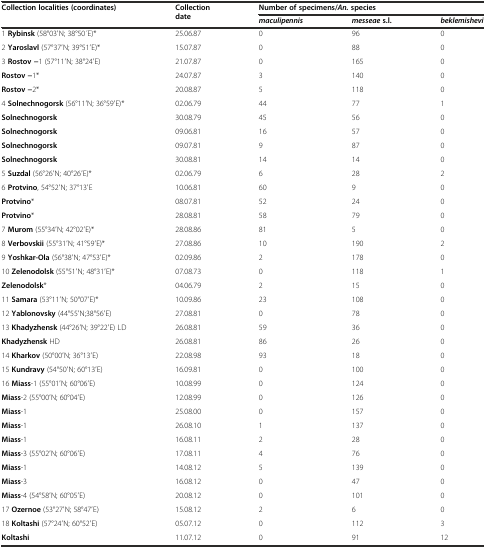
<table><thead><tr><td rowspan="2"><b>Collection localities (coordinates)</b></td><td rowspan="2"><b>Collection date</b></td><td colspan="3"><b>Number of specimens/<i>An.</i>species</b></td></tr><tr><td><b><i>maculipennis</i></b></td><td><b><i>messeae</i>s.l.</b></td><td><b><i>beklemishevi</i></b></td></tr></thead><tbody><tr><td>1 <b>Rybinsk</b> (58°03′N; 38°50 ́E)*</td><td>25.06.87</td><td>0</td><td>96</td><td>0</td></tr><tr><td>2 <b>Yaroslavl</b> (57°37′N; 39°51′E)*</td><td>15.07.87</td><td>0</td><td>88</td><td>0</td></tr><tr><td>3 <b>Rostov −</b>1 (57°11′N; 38°24′E)</td><td>21.07.87</td><td>0</td><td>165</td><td>0</td></tr><tr><td><b>Rostov −</b>1*</td><td>24.07.87</td><td>3</td><td>140</td><td>0</td></tr><tr><td><b>Rostov −</b>2*</td><td>20.08.87</td><td>5</td><td>118</td><td>0</td></tr><tr><td>4 <b>Solnechnogorsk</b> (56°11′N; 36°59′E)*</td><td>02.06.79</td><td>44</td><td>77</td><td>1</td></tr><tr><td><b>Solnechnogorsk</b></td><td>30.08.79</td><td>45</td><td>56</td><td>0</td></tr><tr><td><b>Solnechnogorsk</b></td><td>09.06.81</td><td>16</td><td>57</td><td>0</td></tr><tr><td><b>Solnechnogorsk</b></td><td>09.07.81</td><td>9</td><td>87</td><td>0</td></tr><tr><td><b>Solnechnogorsk</b></td><td>30.08.81</td><td>14</td><td>14</td><td>0</td></tr><tr><td>5 <b>Suzdal</b> (56°26′N; 40°26′E)*</td><td>02.06.79</td><td>6</td><td>28</td><td>2</td></tr><tr><td>6 <b>Protvino</b>, 54°52′N; 37°13′E</td><td>10.06.81</td><td>60</td><td>9</td><td>0</td></tr><tr><td><b>Protvino</b>*</td><td>08.07.81</td><td>52</td><td>24</td><td>0</td></tr><tr><td><b>Protvino</b>*</td><td>28.08.81</td><td>58</td><td>79</td><td>0</td></tr><tr><td>7 <b>Murom</b> (55°34′N; 42°02′E)*</td><td>28.08.86</td><td>81</td><td>5</td><td>0</td></tr><tr><td>8 <b>Verbovskii</b> (55°31′N; 41°59′E)*</td><td>27.08.86</td><td>10</td><td>190</td><td>2</td></tr><tr><td>9 <b>Yoshkar-Ola</b> (56°38′N; 47°53′E)*</td><td>02.09.86</td><td>2</td><td>178</td><td>0</td></tr><tr><td>10 <b>Zelenodolsk</b> (55°51′N; 48°31′E)*</td><td>07.08.73</td><td>0</td><td>118</td><td>1</td></tr><tr><td><b>Zelenodolsk</b>*</td><td>04.06.79</td><td>2</td><td>15</td><td>0</td></tr><tr><td>11 <b>Samara</b> (53°11′N; 50°07′E)*</td><td>10.09.86</td><td>23</td><td>108</td><td>0</td></tr><tr><td>12 <b>Yablonovsky</b> (44°55′N;38°56′E)</td><td>27.08.81</td><td>0</td><td>78</td><td>0</td></tr><tr><td>13 <b>Khadyzhensk</b> (44°26′N; 39°22′E) LD</td><td>26.08.81</td><td>59</td><td>36</td><td>0</td></tr><tr><td><b>Khadyzhensk</b> HD</td><td>26.08.81</td><td>86</td><td>26</td><td>0</td></tr><tr><td>14 <b>Kharkov</b> (50°00′N; 36°13′E)</td><td>22.08.98</td><td>93</td><td>18</td><td>0</td></tr><tr><td>15 <b>Kundravy</b> (54°50′N; 60°13′E)</td><td>16.09.81</td><td>0</td><td>100</td><td>0</td></tr><tr><td>16 <b>Miass</b>-1 (55°01′N; 60°06′E)</td><td>10.08.99</td><td>0</td><td>124</td><td>0</td></tr><tr><td><b>Miass</b>-2 (55°00′N; 60°04′E)</td><td>12.08.99</td><td>0</td><td>126</td><td>0</td></tr><tr><td><b>Miass</b>-1</td><td>25.08.00</td><td>0</td><td>157</td><td>0</td></tr><tr><td><b>Miass</b>-1</td><td>26.08.10</td><td>1</td><td>137</td><td>0</td></tr><tr><td><b>Miass</b>-1</td><td>16.08.11</td><td>2</td><td>28</td><td>0</td></tr><tr><td><b>Miass</b>-3 (55°02′N; 60°06′E)</td><td>17.08.11</td><td>4</td><td>76</td><td>0</td></tr><tr><td><b>Miass</b>-1</td><td>14.08.12</td><td>5</td><td>139</td><td>0</td></tr><tr><td><b>Miass</b>-3</td><td>16.08.12</td><td>0</td><td>47</td><td>0</td></tr><tr><td><b>Miass</b>-4 (54°58′N; 60°05′E)</td><td>20.08.12</td><td>0</td><td>101</td><td>0</td></tr><tr><td>17 <b>Ozernoe</b> (53°27′N; 58°47′E)</td><td>15.08.12</td><td>2</td><td>6</td><td>0</td></tr><tr><td>18 <b>Koltashi</b> (57°24′N; 60°52′E)</td><td>05.07.12</td><td>0</td><td>112</td><td>3</td></tr><tr><td><b>Koltashi</b></td><td>11.07.12</td><td>0</td><td>91</td><td>12</td></tr></tbody></table>